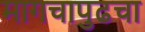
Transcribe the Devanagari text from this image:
मागचापुढचा